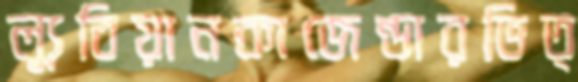
ল্যুবিয়ানকাজেন্ডারভিত্